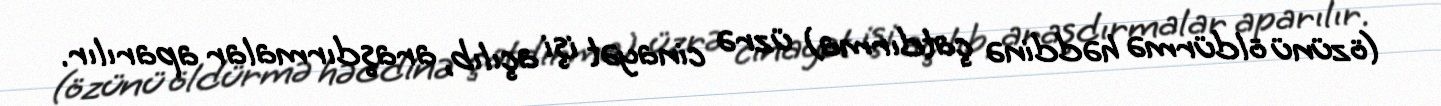
(özünü öldürmə həddinə çatdırma) üzrə cinayət işi açılıb, araşdırmalar aparılır.